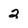
Character: 2